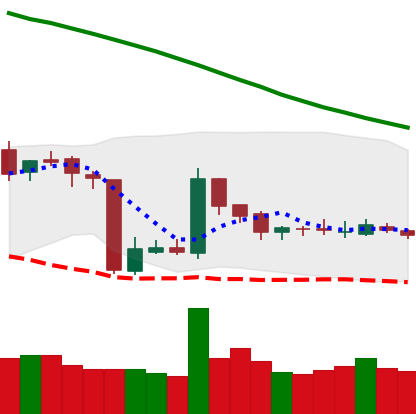
Ticker: BNB-USD
Chart end date: 2018-10-25
Forward return: -3.149%
Label: down_3_5